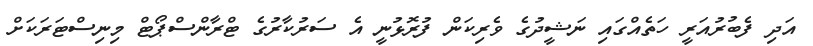
އަދި ފެބުރުއަރީ ހަތެއްގައި ނަޝީދުގެ ވެރިކަން ފުރޮޅުނީ އެ ސަރުކާރުގެ ޓްރާންސްޕޯޓް މިނިސްޓަރަކަށް